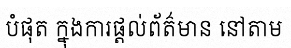
បំផុត ក្នុងការផ្តល់ព័ត៌មាន នៅតាម